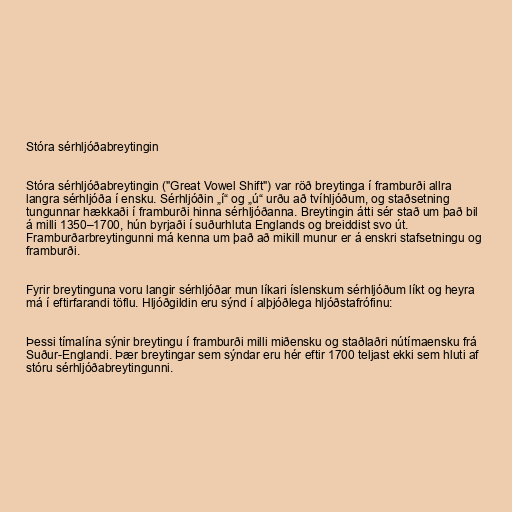
Stóra sérhljóðabreytingin

Stóra sérhljóðabreytingin ("Great Vowel Shift") var röð breytinga í framburði allra
langra sérhljóða í ensku. Sérhljóðin „í“ og „ú“ urðu að tvíhljóðum, og staðsetning
tungunnar hækkaði í framburði hinna sérhljóðanna. Breytingin átti sér stað um það bil
á milli 1350–1700, hún byrjaði í suðurhluta Englands og breiddist svo út.
Framburðarbreytingunni má kenna um það að mikill munur er á enskri stafsetningu og
framburði.

Fyrir breytinguna voru langir sérhljóðar mun líkari íslenskum sérhljóðum líkt og heyra
má í eftirfarandi töflu. Hljóðgildin eru sýnd í alþjóðlega hljóðstafrófinu:

Þessi tímalína sýnir breytingu í framburði milli miðensku og staðlaðri nútímaensku frá
Suður-Englandi. Þær breytingar sem sýndar eru hér eftir 1700 teljast ekki sem hluti af
stóru sérhljóðabreytingunni.